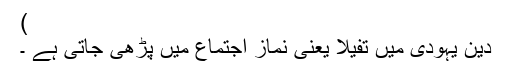
)
دین یہودی میں تفیلا یعنی نماز اجتماع میں پڑھی جاتی ہے ۔